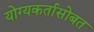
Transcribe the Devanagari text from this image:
योग्यकर्तासोबत